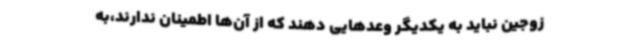
زوجین نباید به یکدیگر وعدهایی دهند که از آن‌ها اطمینان ندارند،به